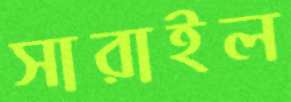
সারাইল